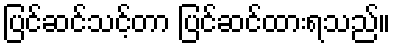
ပြင်ဆင်သင့်တာ ပြင်ဆင်ထားရသည်။